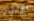
الإنتظار